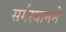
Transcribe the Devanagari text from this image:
सर्गस्यानने